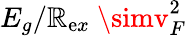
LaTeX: E_{g}/\mathbb{R}_{\mathrm{e}x}~\simv_{F}^{2}